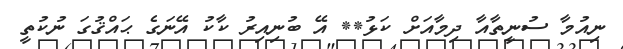
ނިއުމާ ސުނީތާއާ ދިމާއަށް ކަޅު** އޭ ބުނިއިރު ކާކު އޭނަގެ ޙައްޤުގަ ނުކުތީ